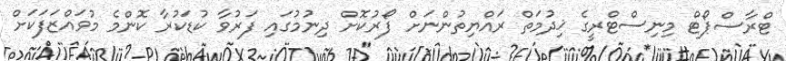
ޓްރާސްޕޯޓް މިނިސްޓްރީގެ ޚިދުމަތް ރައްޔިތުންނަށް ފޯރުކޮށް ދިނުމުގައި ފަރުވާ ކުޑަކުރާ ކޮންމެ މުވައްޒަފަކަށް